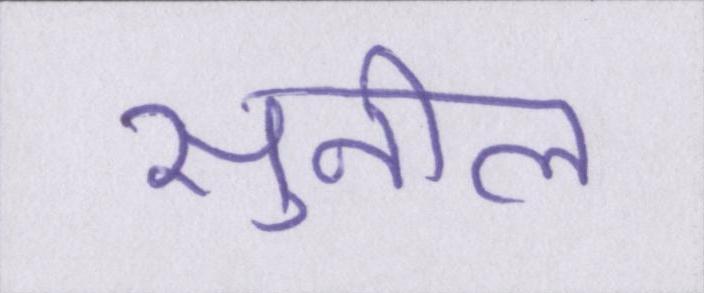
सुनील